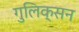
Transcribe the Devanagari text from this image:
गुलिक्सन